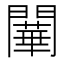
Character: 𨶱